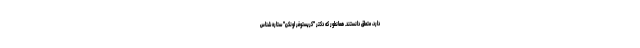
دارد، متعلق دانستند. همانطور که دکتر "کریستوفر اونکن" ستاره شناس